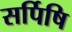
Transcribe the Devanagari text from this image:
सर्पिषि